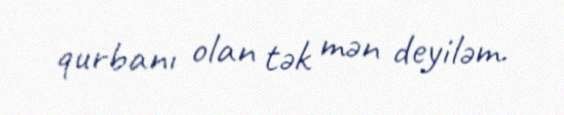
qurbanı olan tək mən deyiləm.